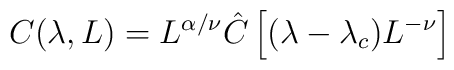
C(\lambda ,L) = L^{\alpha / \nu} \hat{C}\left[{ (\lambda -\lambda_c)L^{-\nu}}\right]